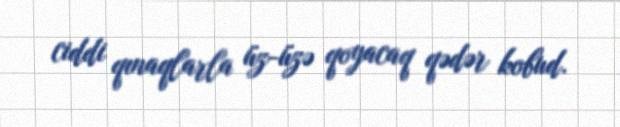
ciddi qınaqlarla üz-üzə qoyacaq qədər kobud.